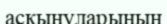
асқынуларының